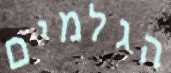
הגלמים